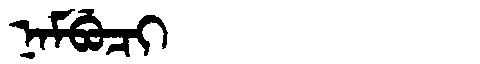
Manchu: ᠨᠠᠮᠪᡠᠴᡳ
Romanization: NAMBUCI